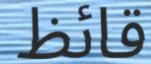
قائظ